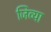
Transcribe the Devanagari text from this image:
जिव्या